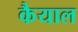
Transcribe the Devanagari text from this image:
कैयाल